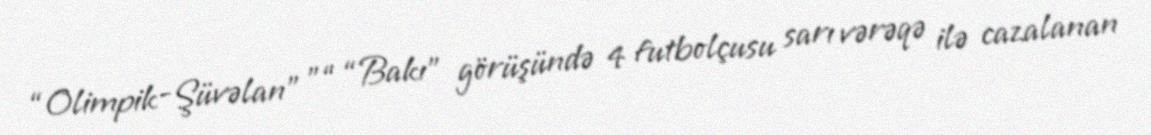
“Olimpik-Şüvəlan” ”“ “Bakı” görüşündə 4 futbolçusu sarı vərəqə ilə cazalanan